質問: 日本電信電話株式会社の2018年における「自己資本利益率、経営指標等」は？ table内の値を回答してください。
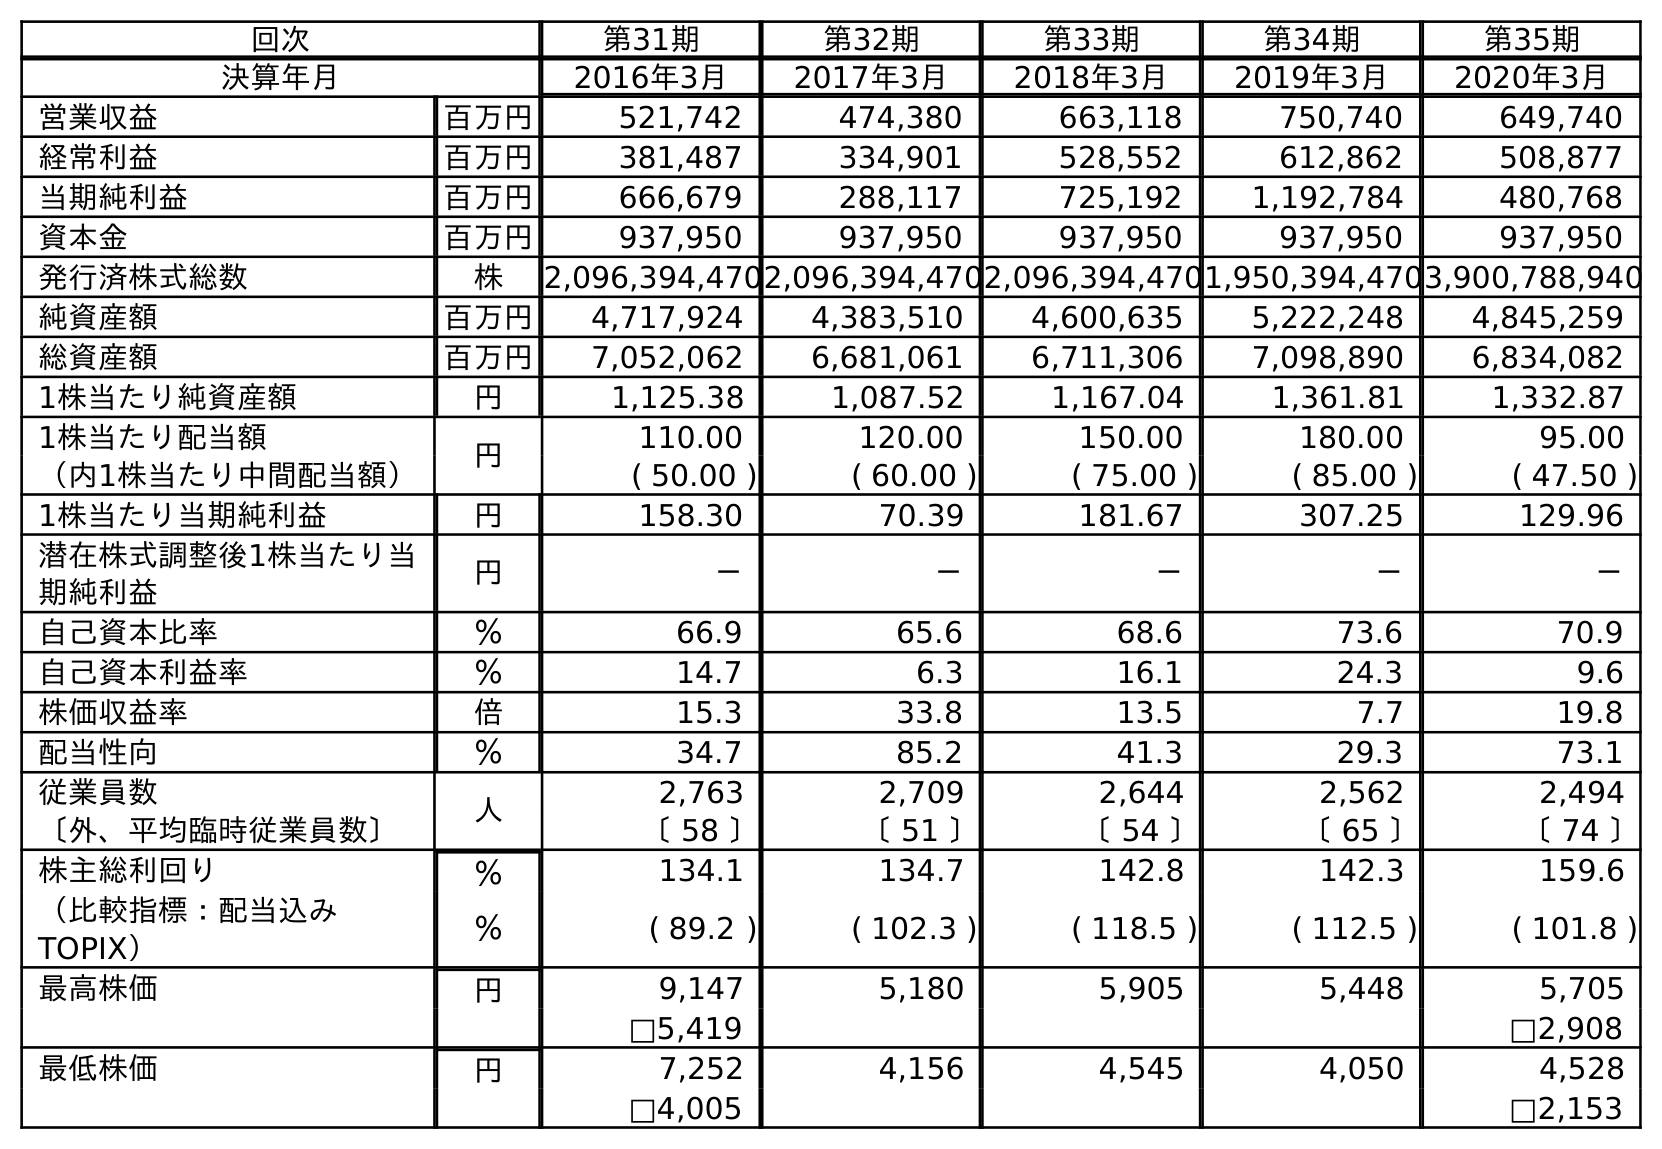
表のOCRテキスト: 回次 第31期 第32期 第33期 第34期 第35期 決算年月 2016年3月 2017年3月 2018年3月 2019年3月 2020年3月 営業収益 百万円 521,742 474,380 663,118 750,740 649,740 経常利益 百万円 381,487 334,901 528,552 612,862 508,877 当期純利益 百万円 666,679 288,117 725,192 1,192,784 480,768 資本金 百万円 937,950 937,950 937,950 937,950 937,950 発行済株式総数 株 2,096,394,4702,096,394,4702,096,394,4701,950,394,4703,900,788,940 純資産額 百万円 4,717,924 4,383,510 4,600,635 5,222,248 4,845,259 総資産額 百万円 7,052,062 6,681,061 6,711,306 7,098,890 6,834,082 1株当たり純資産額 円 1,125.38 1,087.52 1,167.04 1,361.81 1,332.87 1株当たり配当額 円 110.00 120.00 150.00 180.00 95.00 （内1株当たり中間配当額） ( 50.00 ) ( 60.00 ) ( 75.00 ) ( 85.00 ) ( 47.50 ) 1株当たり当期純利益 円 158.30 70.39 181.67 307.25 129.96 潜在株式調整後1株当たり当 期純利益 円 － － － － － 自己資本比率 ％ 66.9 65.6 68.6 73.6 70.9 自己資本利益率 ％ 14.7 6.3 16.1 24.3 9.6 株価収益率 倍 15.3 33.8 13.5 7.7 19.8 配当性向 ％ 34.7 85.2 41.3 29.3 73.1 従業員数 人 2,763 2,709 2,644 2,562 2,494 〔外、平均臨時従業員数〕 〔 58 〕 〔 51 〕 〔 54 〕 〔 65 〕 〔 74 〕 株主総利回り ％ 134.1 134.7 142.8 142.3 159.6 （比較指標：配当込み TOPIX） ％ ( 89.2 ) ( 102.3 ) ( 118.5 ) ( 112.5 ) ( 101.8 ) 最高株価 円 9,147 5,180 5,905 5,448 5,705 □5,419 □2,908 最低株価 円 7,252 4,156 4,545 4,050 4,528 □4,005 □2,153
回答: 16.1